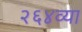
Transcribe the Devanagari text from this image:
२६४व्या